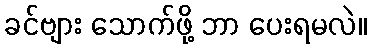
ခင်ဗျား သောက်ဖို့ ဘာ ပေးရမလဲ။